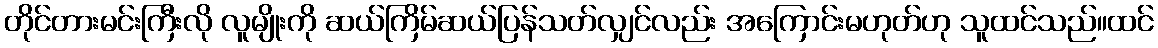
တိုင်တားမင်းကြီးလို လူမျိုးကို ဆယ်ကြိမ်ဆယ်ပြန်သတ်လျှင်လည်း အကြောင်းမဟုတ်ဟု သူထင်သည်။ထင်